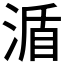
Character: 𣸩